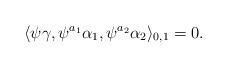
LaTeX: \begin{align*}\langle \psi \gamma,\psi^{a_1}\alpha_1,\psi^{a_2}\alpha_2\rangle_{0,1}=0.\end{align*}